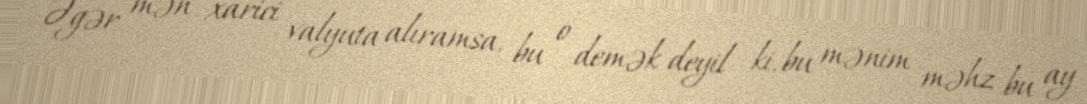
Əgər mən xarici valyuta alıramsa, bu o demək deyil ki, bu mənim məhz bu ay